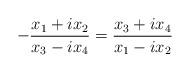
LaTeX: \begin{align*} - \frac{ x_1 + ix_2 }{ x_3 - ix_4 } = \frac{ x_3 + ix_4 }{ x_1 - ix_2 }\end{align*}